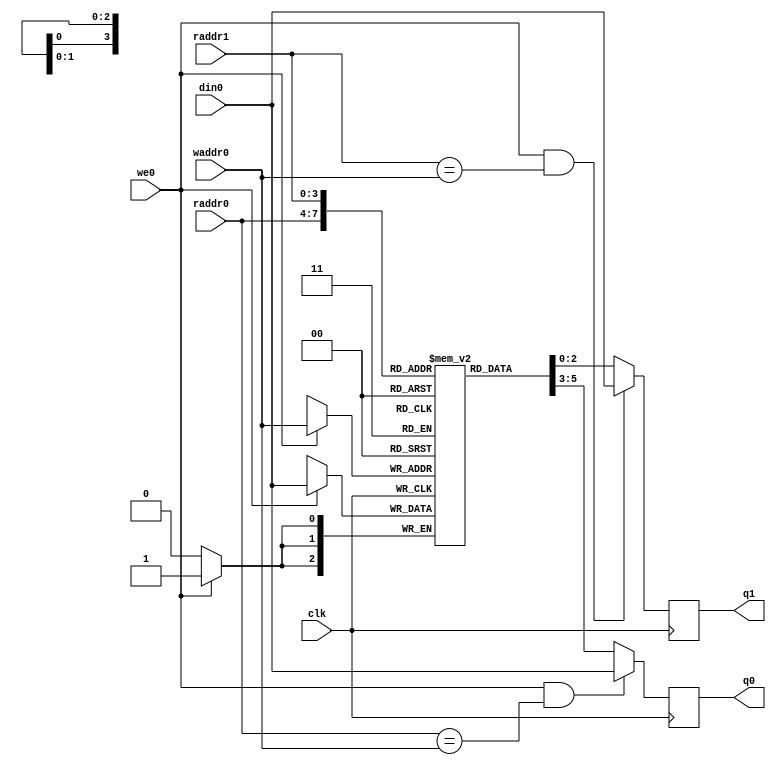
module regfile2r1w
    (input                    clk

     ,input [4-1:0]           waddr0

     ,input                   we0

     ,input [3-1:0]          din0

     ,input [4-1:0]           raddr0
     ,input [4-1:0]           raddr1

     ,output [3-1:0]         q0
     ,output [3-1:0]         q1

     );

   reg [3-1:0]                      rf[16-1:0]; // synthesis syn_ramstyle = "block_ram"

   reg [3-1:0] q0_next;
   reg [3-1:0] q1_next;
   always @(*) begin
     if (we0 && raddr0 == waddr0)
       q0_next = din0;
     else
       q0_next = rf[raddr0];
   end
   always @(*) begin
     if (we0 && raddr1 == waddr0)
       q1_next = din0;
     else
       q1_next = rf[raddr1];
   end

   always @(posedge clk) begin
     q0 <= q0_next;
     q1 <= q1_next;
   end

   always @(posedge clk) begin
     if (we0) begin
       rf[waddr0] <= din0;
     end
   end

endmodule